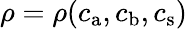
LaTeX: {\rho=\rho(c_{\mathrm{a}},c_{\mathrm{b}},c_{\mathrm{s}})}